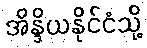
အိန္ဒိယနိုင်ငံသို့